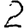
Digit: 2